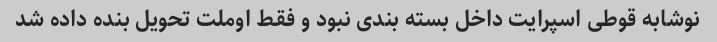
نوشابه قوطی اسپرایت داخل بسته بندی نبود و فقط اوملت تحویل بنده داده شد